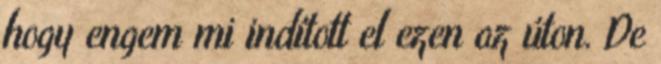
hogy engem mi indított el ezen az úton. De